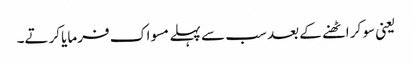
یعنی سو کر اٹھنے کے بعد سب سے پہلے مسواک فرمایا کرتے۔